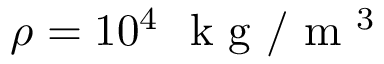
\rho = 1 0 ^ { 4 } ~ \mathrm { ~ k ~ g ~ } / \mathrm { ~ m ~ } ^ { 3 }